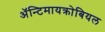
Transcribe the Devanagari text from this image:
ॲन्टिमायक्रोबियल